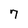
Character: 7